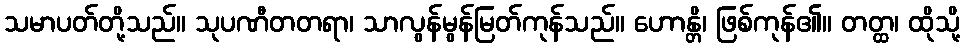
သမာပတ်တို့သည်။ သုပဏီတတရာ၊ သာလွန်မွန်မြတ်ကုန်သည်။ ဟောန္တိ၊ ဖြစ်ကုန်၏။ တတ္ထ၊ ထိုသို့